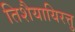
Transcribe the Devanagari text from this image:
तिशैयायिरत्तु